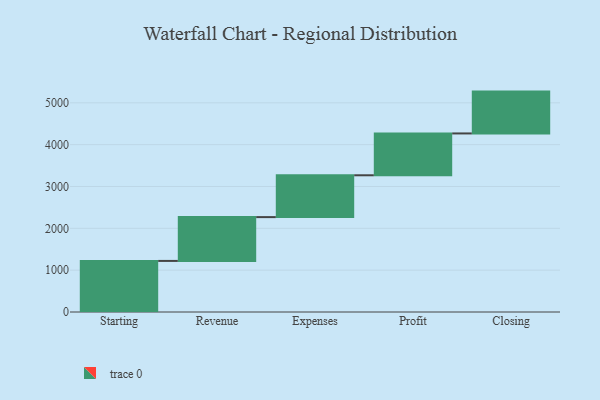
{"axis": {"x": "Step", "y": "Value"}, "legend": [""], "data": [{"x": "Starting", "y": 1221.0, "type": ""}, {"x": "Revenue", "y": 1047.0, "type": ""}, {"x": "Expenses", "y": 1000, "type": ""}, {"x": "Profit", "y": 1000, "type": ""}, {"x": "Closing", "y": 1000, "type": ""}]}